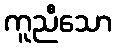
ကူညီသော